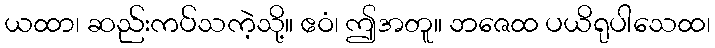
ယထာ၊ ဆည်းကပ်သကဲ့သို့။ ဧဝံ၊ ဤအတူ။ ဘဇေထ ပယိရုပါသေထ၊